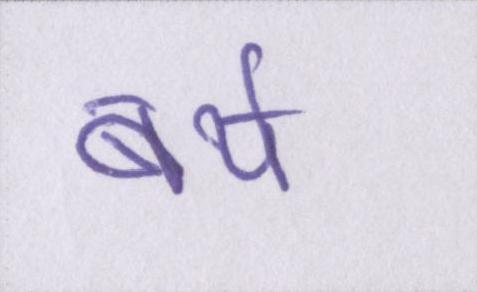
बर्थ